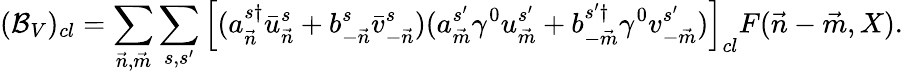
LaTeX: ({\cal B}_{V})_{cl}=\sum_{{\vec{n}},{\vec{m}}}\sum_{s,s^{\prime}}\left[(a_{\vec{n}}^{s\dagger}\bar{u}_{\vec{n}}^{s}+b_{-{\vec{n}}}^{s}\bar{v}_{-{\vec{n}}}^{s})(a_{\vec{m}}^{s^{\prime}}\gamma^{0}u_{\vec{m}}^{s^{\prime}}+b_{-{\vec{m}}}^{s^{\prime}\dagger}\gamma^{0}v_{-{\vec{m}}}^{s^{\prime}})\right]_{cl}F({\vec{n}}-{\vec{m}},X).